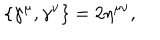
LaTeX: \{ \gamma ^ { \mu } , \gamma ^ { \nu } \} = 2 \eta ^ { \mu \nu } , \nonumber